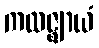
ကထဇ္ဈာယံ